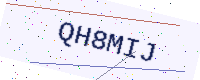
Text: QH8MIJ